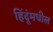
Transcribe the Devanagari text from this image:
हिंदूंमधील